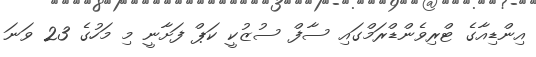
އިންޑިއާގެ ޓްރިވެންޑްރަމްގައި ސާފް ސުޒުކީ ކަޕް ފަށާނީ މި މަހުގެ 23 ވަނަ